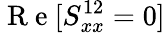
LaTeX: \mathrm{~R~e~}[S_{xx}^{12}=0]